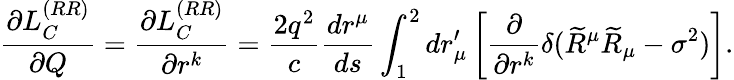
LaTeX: \frac{\partial L_{C}^{(RR)}}{\partial Q}=\frac{\partial L_{C}^{(RR)}}{\partial r^{k}}=\frac{2q^{2}}{c}\frac{dr^{\mu}}{ds}\int_{1}^{2}dr_{\mu}^{\prime}\left[\frac{\partial}{\partial r^{k}}\delta(\widetilde{R}^{\mu}\widetilde{R}_{\mu}-\sigma^{2})\right].